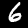
Digit: 6